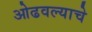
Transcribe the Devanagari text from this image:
ओढवल्याचे